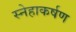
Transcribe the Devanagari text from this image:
स्नेहाकर्षण